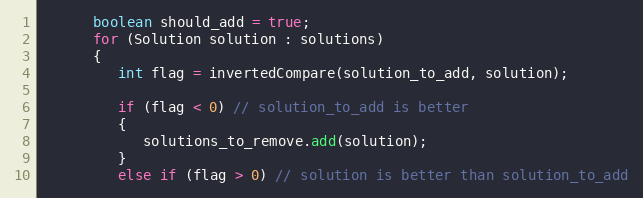
Language: Java
      boolean should_add = true;
      for (Solution solution : solutions)
      {
         int flag = invertedCompare(solution_to_add, solution);

         if (flag < 0) // solution_to_add is better
         {
            solutions_to_remove.add(solution);
         }
         else if (flag > 0) // solution is better than solution_to_add